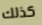
كذلك